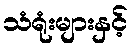
သံရုံးများနှင့်